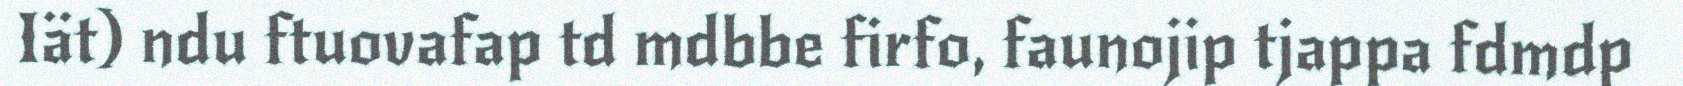
Iät) ndu ftuovafap td mdbbe firfo, faunojip tjappa fdmdp